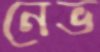
নেভ